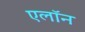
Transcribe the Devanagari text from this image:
एलाॅन